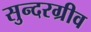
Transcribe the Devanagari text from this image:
सुन्दरग्रीव